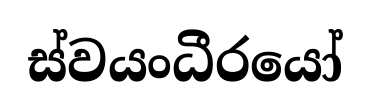
ස්වයංධීරයෝ